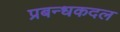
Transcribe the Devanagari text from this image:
प्रबन्धकदल